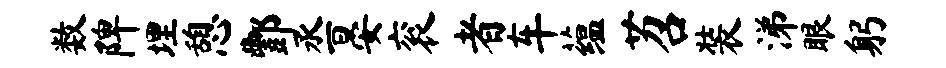
数陴埋憩酆丞晏衮者车蕴苕装涕眼躬